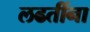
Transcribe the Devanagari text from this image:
लढतींना